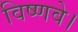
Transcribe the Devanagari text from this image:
विष्णवे।